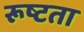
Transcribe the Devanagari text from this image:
रूष्टता